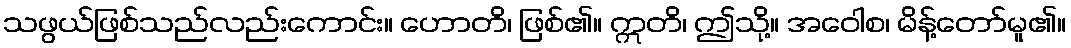
သဖွယ်ဖြစ်သည်လည်းကောင်း။ ဟောတိ၊ ဖြစ်၏။ ဣတိ၊ ဤသို့။ အဝေါစ၊ မိန့်တော်မူ၏။